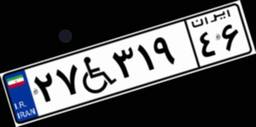
۶۲W۶۷۷۲۲